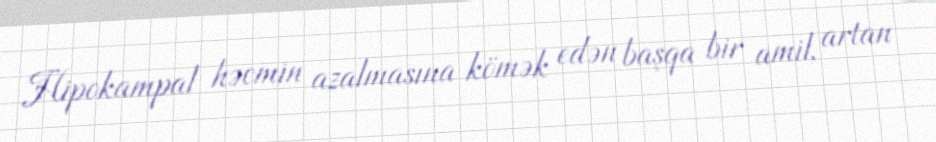
Hipokampal həcmin azalmasına kömək edən başqa bir amil, artan